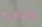
الشفره